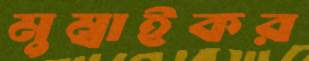
মুম্বাইকর